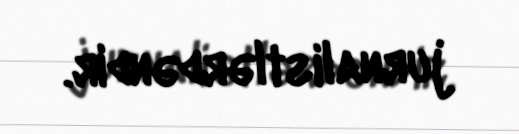
jurnalistlərdəndir.